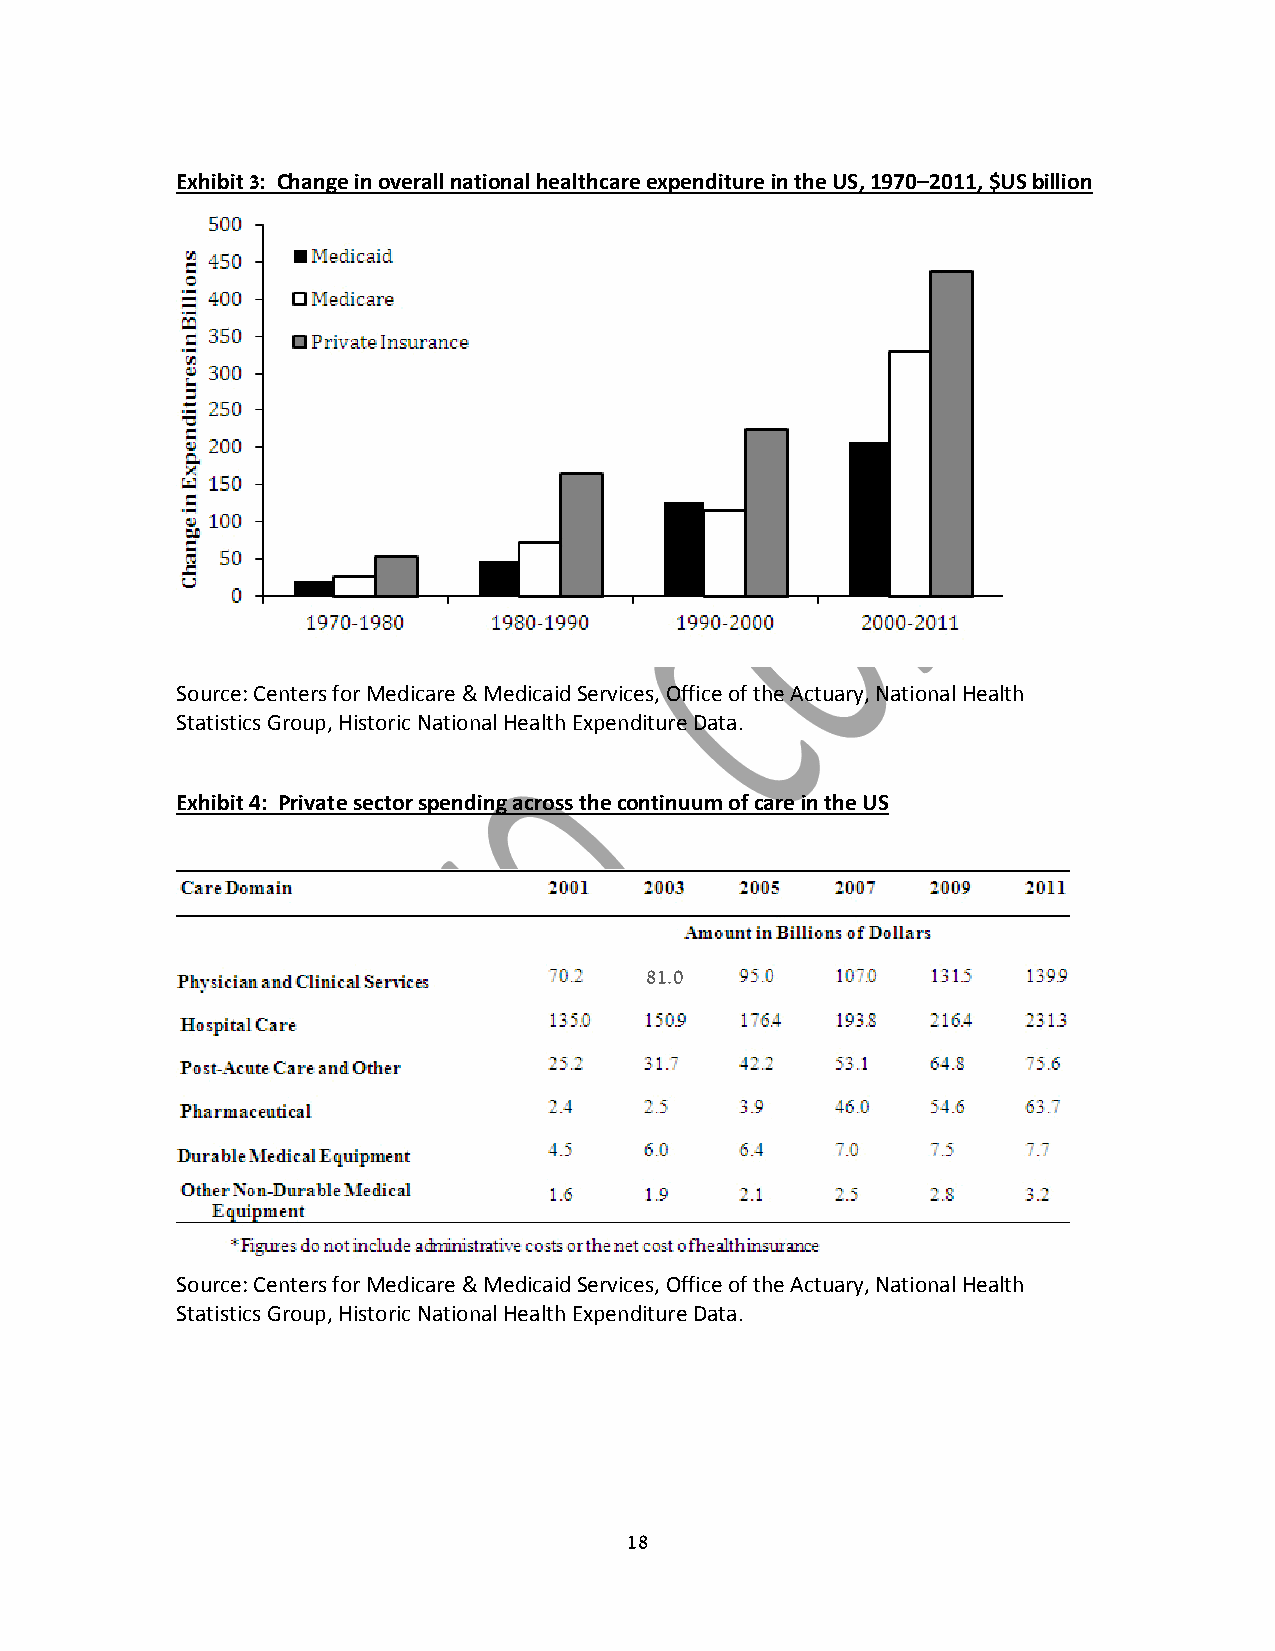
Exhibit 3: Change in overall national healthcare expenditure in the US, 1970–2011, $US billion
 Source: Centers for Medicare & Medicaid Services, Office of the Actuary, National Health
 Statistics Group, Historic National Health Expenditure Data.
 Exhibit 4: Private sector spending across the continuum of care in the US
 81.0
 Source: Centers for Medicare & Medicaid Services, Office of the Actuary, National Health
 Statistics Group, Historic National Health Expenditure Data.
 18